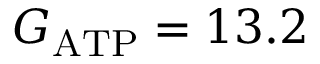
G _ { \mathrm { A T P } } = 1 3 . 2